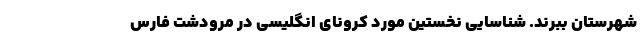
شهرستان ببرند. شناسایی نخستین مورد کرونای انگلیسی در مرودشت فارس